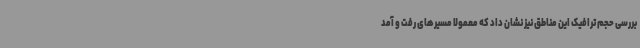
بررسی حجم ترافیک این مناطق نیز نشان داد که معمولا مسیرهای رفت و آمد